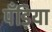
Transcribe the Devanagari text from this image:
पँड़िया